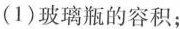
(1)玻璃瓶的容积；